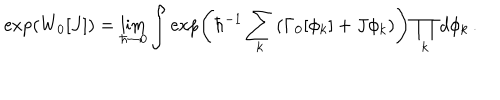
LaTeX: \exp \left( W _ { 0 } [ J ] \right) = \lim _ { \hbar \to 0 } \int \exp \left( \hbar ^ { - 1 } \sum _ { k } \left( \Gamma _ { 0 } [ \phi _ { k } ] + J \phi _ { k } \right) \right) \prod _ { k } d \phi _ { k } \, .